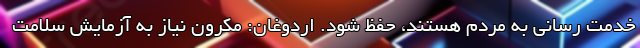
خدمت رسانی به مردم هستند، حفظ شود. اردوغان: مکرون نیاز به آزمایش سلامت